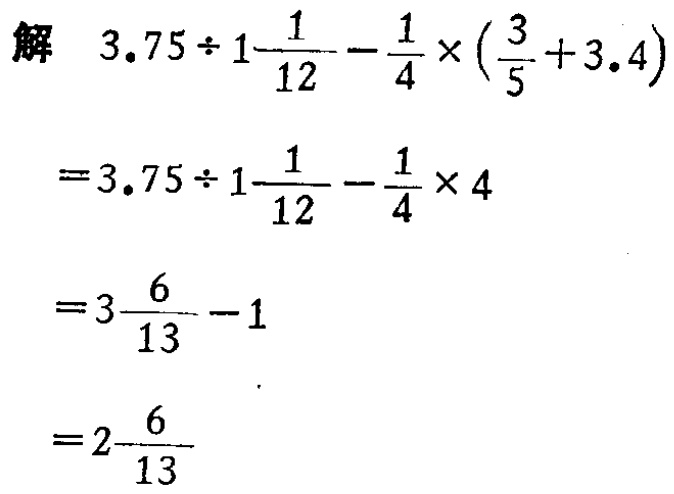
解

\[

\begin{align*}

&3.75\div1\frac{1}{12}-\frac{1}{4}\times(\frac{3}{5}+3.4)\\

=&3.75\div1\frac{1}{12}-\frac{1}{4}\times4\\

=&3\frac{6}{13}-1\\

=&2\frac{6}{13}

\end{align*}

\]